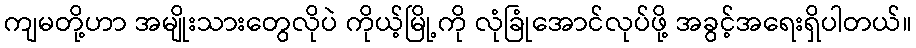
ကျမတို့ဟာ အမျိုးသားတွေလိုပဲ ကိုယ့်မြို့ကို လုံခြုံအောင်လုပ်ဖို့ အခွင့်အရေးရှိပါတယ်။